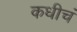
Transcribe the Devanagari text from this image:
कधीचं